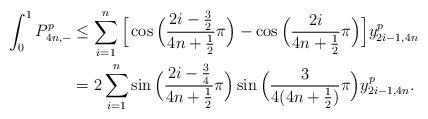
LaTeX: \begin{align*} \int_0^1 P_{4n,-}^p &\leq \sum_{i=1}^{n}\Big[\cos\Big(\frac{2i-\frac{3}{2}}{4n+\frac{1}{2}}\pi\Big)-\cos\Big(\frac{2i}{4n+\frac{1}{2}}\pi\Big)\Big]y_{2i-1,4n}^p \\ &= 2\sum_{i=1}^{n}\sin\Big(\frac{2i-\frac{3}{4}}{4n+\frac{1}{2}}\pi\Big)\sin\Big(\frac{3}{4(4n+\frac{1}{2})}\pi\Big)y_{2i-1,4n}^p. \end{align*}